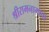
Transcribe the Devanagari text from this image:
श्रीरामनामाचा